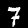
Label: 7